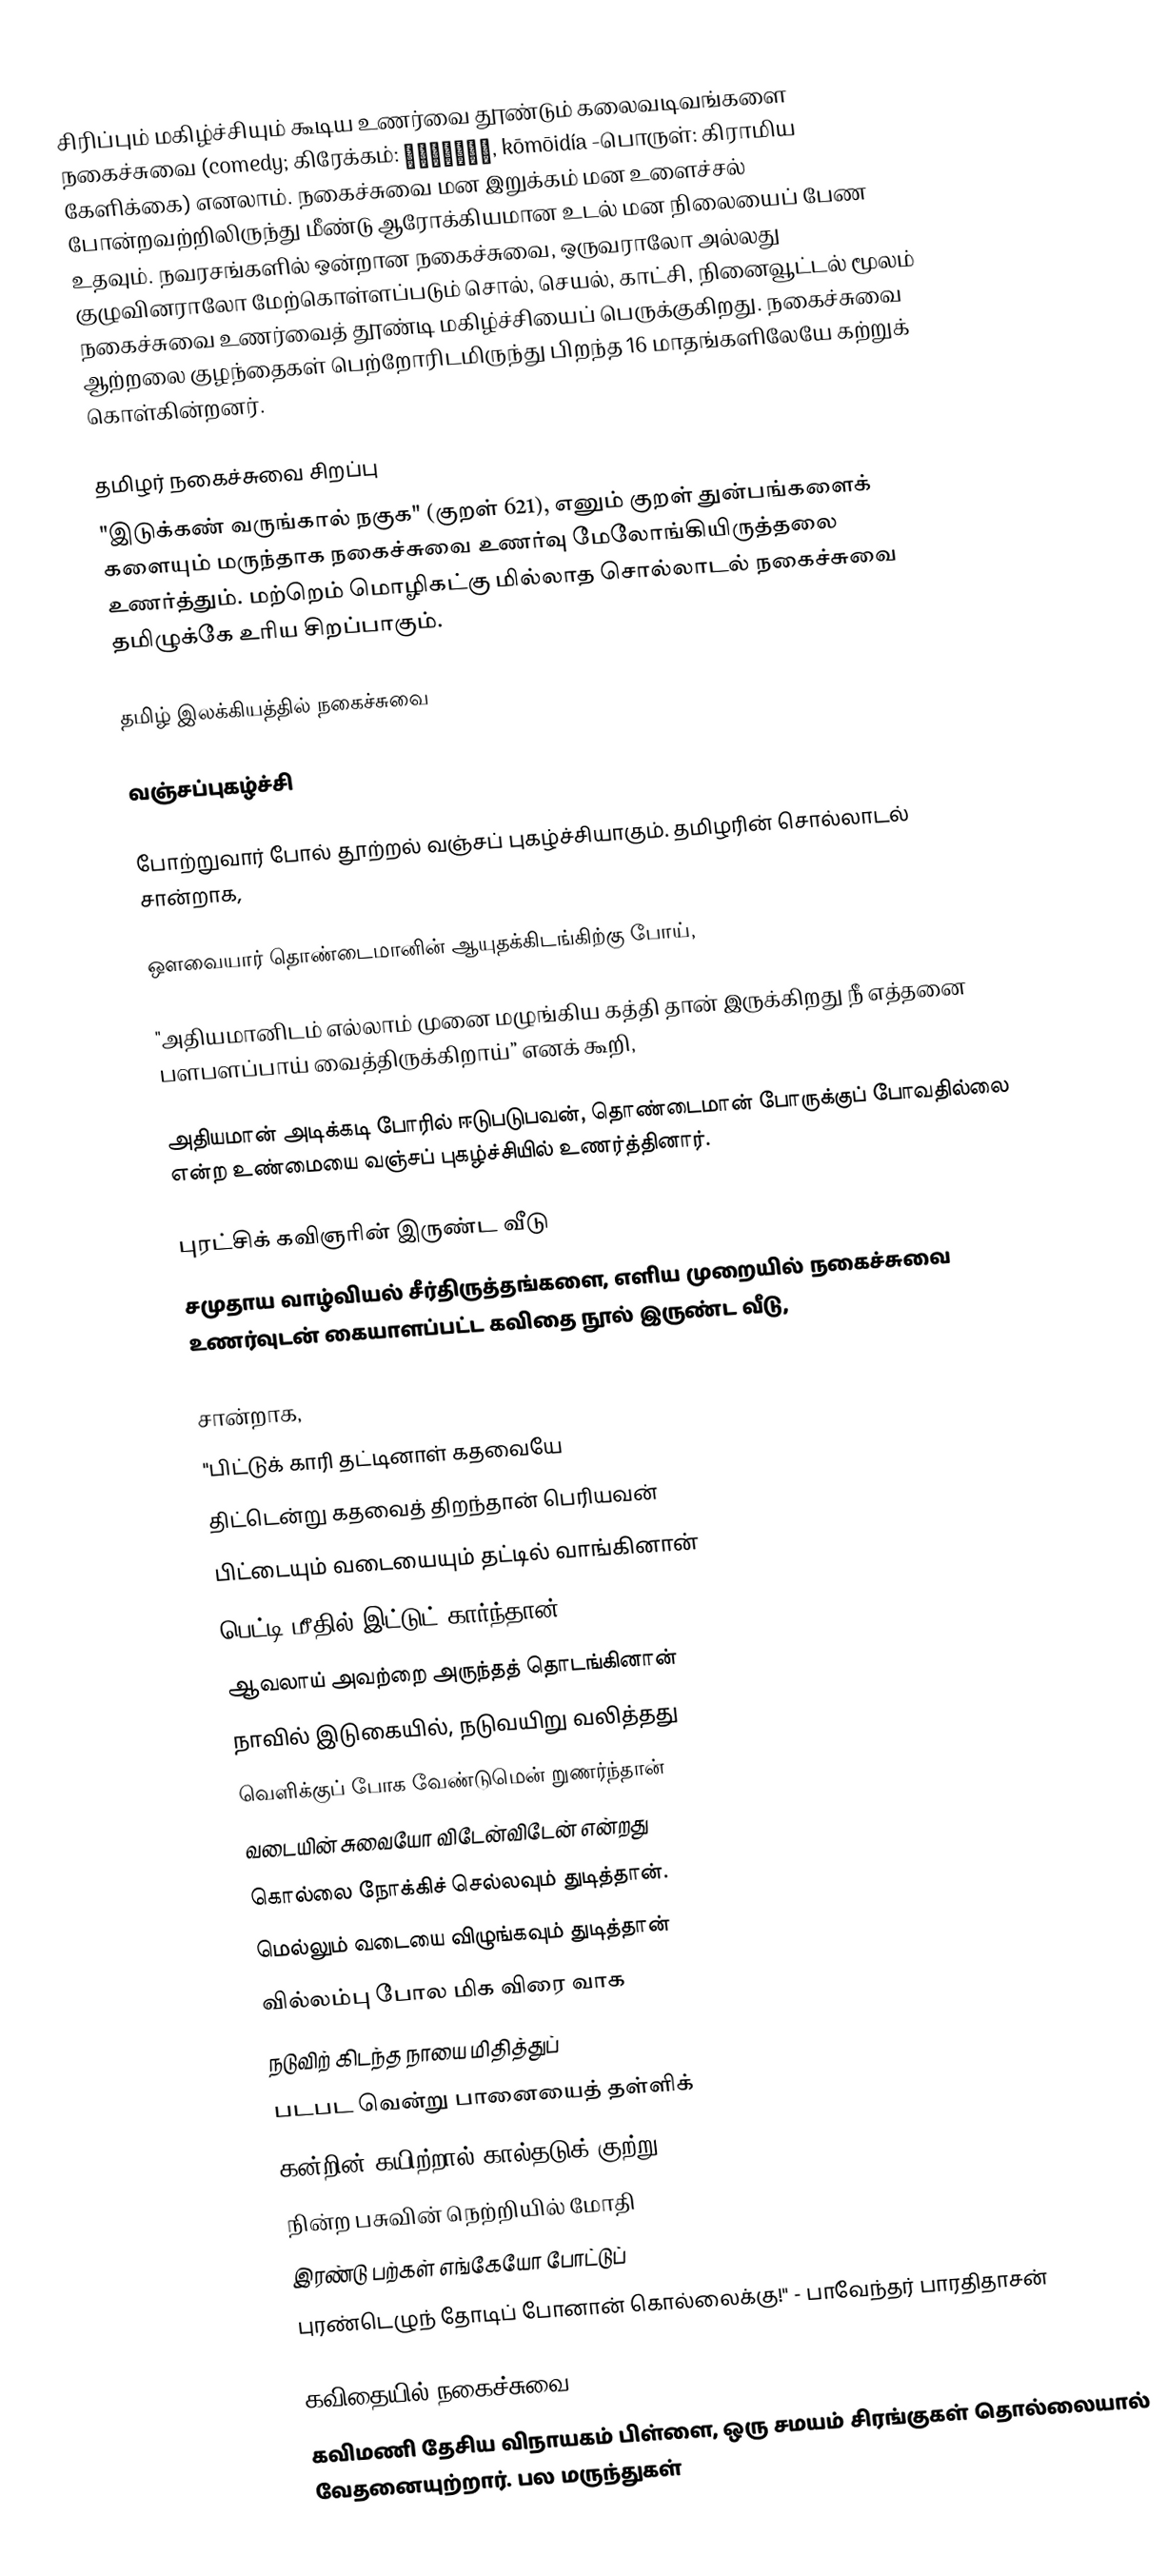
சிரிப்பும் மகிழ்ச்சியும் கூடிய உணர்வை தூண்டும் கலைவடிவங்களை நகைச்சுவை (comedy; கிரேக்கம்: κωμῳδία, kōmōidía -பொருள்: கிராமிய கேளிக்கை) எனலாம். நகைச்சுவை மன இறுக்கம் மன உளைச்சல் போன்றவற்றிலிருந்து மீண்டு ஆரோக்கியமான உடல் மன நிலையைப் பேண உதவும். நவரசங்களில் ஒன்றான நகைச்சுவை, ஒருவராலோ அல்லது குழுவினராலோ மேற்கொள்ளப்படும் சொல், செயல், காட்சி, நினைவூட்டல் மூலம் நகைச்சுவை உணர்வைத் தூண்டி மகிழ்ச்சியைப் பெருக்குகிறது. நகைச்சுவை ஆற்றலை குழந்தைகள் பெற்றோரிடமிருந்து பிறந்த 16 மாதங்களிலேயே கற்றுக் கொள்கின்றனர்.

தமிழர் நகைச்சுவை சிறப்பு
"இடுக்கண் வருங்கால் நகுக" (குறள் 621), எனும் குறள் துன்பங்களைக் களையும் மருந்தாக நகைச்சுவை உணர்வு மேலோங்கியிருத்தலை உணர்த்தும். மற்றெம் மொழிகட்கு மில்லாத சொல்லாடல் நகைச்சுவை தமிழுக்கே உரிய சிறப்பாகும்.

தமிழ் இலக்கியத்தில் நகைச்சுவை

வஞ்சப்புகழ்ச்சி

போற்றுவார் போல் தூற்றல் வஞ்சப் புகழ்ச்சியாகும். தமிழரின் சொல்லாடல் சான்றாக,

ஒளவையார் தொண்டைமானின் ஆயுதக்கிடங்கிற்கு போய்,

"அதியமானிடம் எல்லாம் முனை மழுங்கிய கத்தி தான் இருக்கிறது நீ எத்தனை பளபளப்பாய் வைத்திருக்கிறாய்” எனக் கூறி,

அதியமான் அடிக்கடி போரில் ஈடுபடுபவன், தொண்டைமான் போருக்குப் போவதில்லை என்ற உண்மையை வஞ்சப் புகழ்ச்சியில் உணர்த்தினார்.

புரட்சிக் கவிஞரின் இருண்ட வீடு
சமுதாய வாழ்வியல் சீர்திருத்தங்களை, எளிய முறையில் நகைச்சுவை உணர்வுடன் கையாளப்பட்ட கவிதை நூல் இருண்ட வீடு,

சான்றாக,
"பிட்டுக் காரி தட்டினாள் கதவையே
திட்டென்று கதவைத் திறந்தான் பெரியவன்
பிட்டையும் வடையையும் தட்டில் வாங்கினான்
பெட்டி மீதில் இட்டுட் கார்ந்தான்
ஆவலாய் அவற்றை அருந்தத் தொடங்கினான்
நாவில் இடுகையில், நடுவயிறு வலித்தது
வெளிக்குப் போக வேண்டுமென் றுணர்ந்தான்
வடையின் சுவையோ விடேன்விடேன் என்றது
கொல்லை நோக்கிச் செல்லவும் துடித்தான்.
மெல்லும் வடையை விழுங்கவும் துடித்தான்
வில்லம்பு போல மிக விரை வாக
நடுவிற் கிடந்த நாயை மிதித்துப்
படபட வென்று பானையைத் தள்ளிக்
கன்றின் கயிற்றால் கால்தடுக் குற்று
நின்ற பசுவின் நெற்றியில் மோதி
இரண்டு பற்கள் எங்கேயோ போட்டுப்
புரண்டெழுந் தோடிப் போனான் கொல்லைக்கு!" - பாவேந்தர் பாரதிதாசன்

கவிதையில் நகைச்சுவை
கவிமணி தேசிய விநாயகம் பிள்ளை, ஒரு சமயம் சிரங்குகள் தொல்லையால் வேதனையுற்றார். பல மருந்துகள்